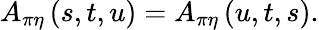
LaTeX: A_{\pi\eta}\left(s,t,u\right)=A_{\pi\eta}\left(u,t,s\right).